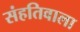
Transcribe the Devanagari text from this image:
संहतिवाला